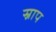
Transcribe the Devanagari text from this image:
स्राप